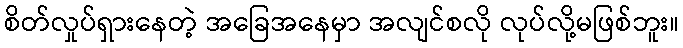
စိတ်လှုပ်ရှားနေတဲ့ အခြေအနေမှာ အလျင်စလို လုပ်လို့မဖြစ်ဘူး။